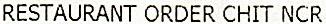
RESTAURANT ORDER CHIT NCR